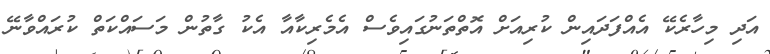
އަދި މިހާރެކޭ އެއްފަދައިން ކުރިއަށް އޮތްތަނުގައިވެސް އެމެރިކާއާ އެކު ގާތުން މަސައްކަތް ކުރައްވާނޭ